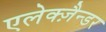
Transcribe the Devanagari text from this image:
एलेक्ज़ैन्डर